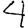
Digit: 4